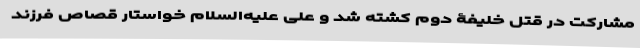
مشارکت در قتل خلیفۀ دوم کشته شد و علی علیه‌السلام خواستار قصاص فرزند